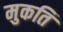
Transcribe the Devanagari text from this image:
मुकति